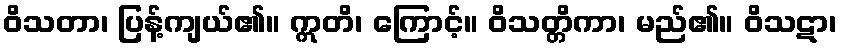
ဝိသတာ၊ ပြန့်ကျယ်၏။ ဣတိ၊ ကြောင့်။ ဝိသတ္တိကာ၊ မည်၏။ ဝိသဋာ၊